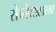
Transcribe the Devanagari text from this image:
सेन्सेक्ससारखा